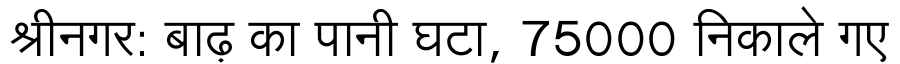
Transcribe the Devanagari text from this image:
श्रीनगर: बाढ़ का पानी घटा, 75000 निकाले गए